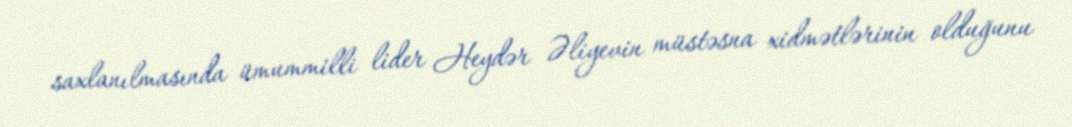
saxlanılmasında ümummilli lider Heydər Əliyevin müstəsna xidmətlərinin olduğunu